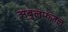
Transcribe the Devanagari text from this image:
अबुलफज़ल